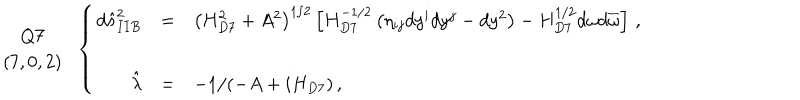
\begin{array} { c } { { Q 7 } } \\ { { ( 7 , 0 , 2 ) } } \\ \end{array} \, \, \, \left\{ \begin{array} { r c l } { { d \hat { s } _ { I I B } ^ { 2 } } } & { { = } } & { { \left( H _ { D 7 } ^ { 2 } + A ^ { 2 } \right) ^ { 1 / 2 } \left[ H _ { D 7 } ^ { - 1 / 2 } \left( \eta _ { i j } d y ^ { i } d y ^ { j } - d y ^ { 2 } \right) - H _ { D 7 } ^ { 1 / 2 } d \omega d \overline { { { \omega } } } \right] \, , } } \\ { { } } & { { } } & { { } } \\ { { \hat { \lambda } } } & { { = } } & { { - 1 / ( - A + i H _ { D 7 } ) \, , } } \\ \end{array} \right.